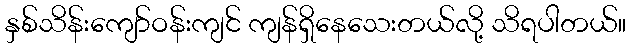
နှစ်သိန်းကျော်ဝန်းကျင် ကျန်ရှိနေသေးတယ်လို့ သိရပါတယ်။